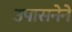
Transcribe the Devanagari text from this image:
उपासनेने